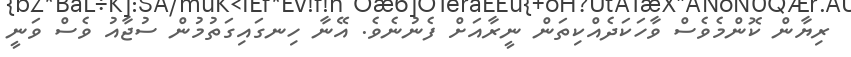
ރިޔާން ކޮންމެވެސް ވާހަކަދެއްކިތަން ނީރާއަށް ފެނުނެވެ. އޭނާ ހިނގައިގަތުމުން ސުޖާއު ވެސް ވަނީ